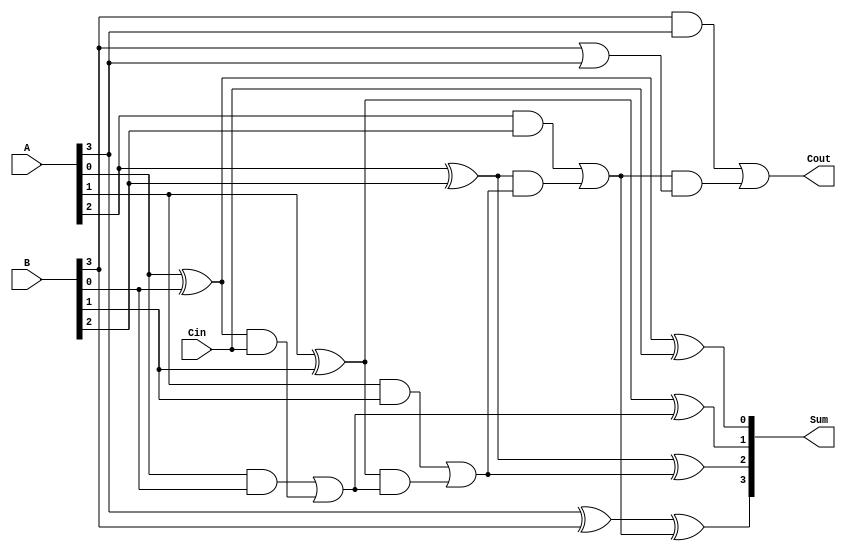
module RippleCarryAdder(input [3:0] A, input [3:0] B,input Cin,output [3:0] Sum,output Cout);
  
   wire [3:0] carry;
  
  // Generate the carry chain
  assign carry[0] = Cin;
  assign carry[1] = A[0] & B[0] | (A[0] ^ B[0]) & carry[0];
  assign carry[2] = A[1] & B[1] | (A[1] ^ B[1]) & carry[1];
  assign carry[3] = A[2] & B[2] | (A[2] ^ B[2]) & carry[2];
  
   // Calculate the sum bits
  assign Sum[0] = A[0] ^ B[0] ^ Cin;
  assign Sum[1] = A[1] ^ B[1] ^ carry[1];
  assign Sum[2] = A[2] ^ B[2] ^ carry[2];
  assign Sum[3] = A[3] ^ B[3] ^ carry[3];
  
  // Calculate the final carry out
  assign Cout = B[3] & A[3] | carry[3] & (B[3] | A[3]);
endmodule



module RippleCarryAdder_tb;
  // Inputs
  reg [3:0] A;
  reg [3:0] B;
  reg Cin;
  
  // Outputs
  wire [3:0] Sum;
  wire Cout;
  
  // Instantiate the RippleCarryAdder module
  RippleCarryAdder uut (
    .A(A),
    .B(B),
    .Cin(Cin),
    .Sum(Sum),
    .Cout(Cout)
  );
  
  initial begin
    // Initialize inputs
    A = 4'b0000;
    B = 4'b0000;
    Cin = 0;
    
    // Wait for a few time units
    #10;
    
    // Test case 1
    A = 4'b0101;
    B = 4'b0011;
    Cin = 0;
    #10;
  
    // Test case 2
    A = 4'b1111;
    B = 4'b1111;
    Cin = 1;
    #10;
       // Add more test cases here if needed
    
    // Finish simulation
    $finish;
  end
endmodule